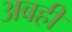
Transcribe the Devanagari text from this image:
अबहीं